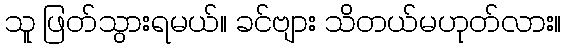
သူ ဖြတ်သွားရမယ်။ ခင်ဗျား သိတယ်မဟုတ်လား။